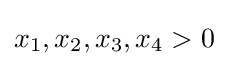
x_{1},x_{2},x_{3},x_{4}>0